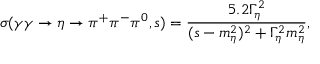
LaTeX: \sigma ( \gamma \gamma \to \eta \to \pi ^ { + } \pi ^ { - } \pi ^ { 0 } , s ) = \frac { 5 . 2 \Gamma _ { \eta } ^ { 2 } } { ( s - m _ { \eta } ^ { 2 } ) ^ { 2 } + \Gamma _ { \eta } ^ { 2 } m _ { \eta } ^ { 2 } } ,